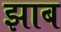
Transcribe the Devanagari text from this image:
झाब